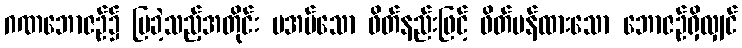
ဂဏဘောဇဉ်၌ ပြခဲ့သည့်အတိုင်း မအပ်သော ဖိတ်နည်းဖြင့် ဖိတ်မန်ထားသော ဘောဇဉ်ရှိလျှင်